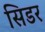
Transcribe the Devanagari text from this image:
सिडर